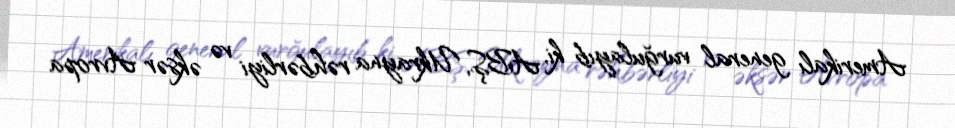
Amerikalı general vurğulayıb ki, ABŞ, Ukrayna rəhbərliyi və əksər Avropa